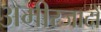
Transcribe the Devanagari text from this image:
अमीरजादों